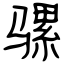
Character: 骡